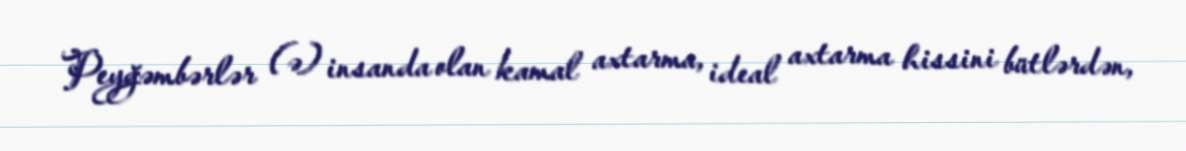
Peyğəmbərlər (ə) insanda olan kamal axtarma, ideal axtarma hissini bütlərdən,